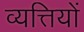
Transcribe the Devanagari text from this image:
व्यत्तियों